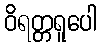
ဝိရတ္တရူပေါ